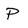
Character: P